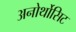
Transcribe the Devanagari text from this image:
अनोर्थोसिट